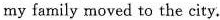
my family moved to the city.